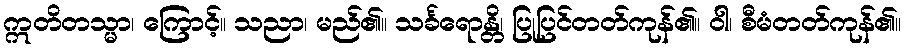
ဣတိတသ္မာ၊ ကြောင့်။ သညာ၊ မည်၏။ သင်္ခရောန္တိ၊ ပြုပြင်တတ်ကုန်၏။ ဝါ၊ စီမံတတ်ကုန်၏။